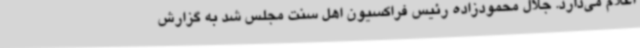
اعلام می‌دارد. جلال محمودزاده رئیس فراکسیون اهل سنت مجلس شد به گزارش